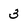
Character: 3